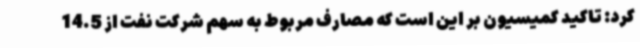
کرد: تاکید کمیسیون بر این است که مصارف مربوط به سهم شرکت نفت از 14.5